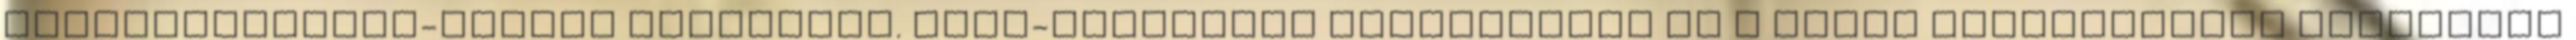
szívfrekvencia-növelő hatásukat. béta-blokkolók Szívbetegek és a magas vérnyomásban szenvedők